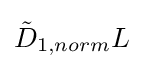
{\tilde {D}}_{1,norm}L